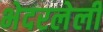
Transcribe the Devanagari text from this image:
भेदरलेली